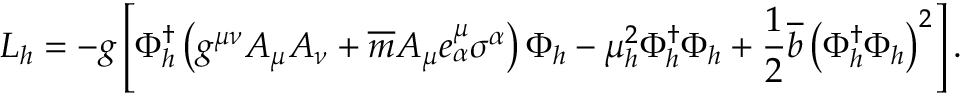
{ \cal L } _ { h } = - g \left[ \Phi _ { h } ^ { \dagger } \left( g ^ { \mu \nu } A _ { \mu } A _ { \nu } + \overline { { { m } } } A _ { \mu } e _ { \alpha } ^ { \mu } \sigma ^ { \alpha } \right) \Phi _ { h } - \mu _ { h } ^ { 2 } \Phi _ { h } ^ { \dagger } \Phi _ { h } + \frac { 1 } { 2 } \overline { { { b } } } \left( \Phi _ { h } ^ { \dagger } \Phi _ { h } \right) ^ { 2 } \right] .